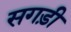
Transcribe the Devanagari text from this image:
सगड़ी